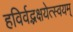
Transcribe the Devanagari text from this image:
हविर्वद्भक्षयेत्स्वयम्